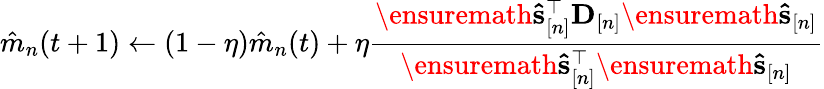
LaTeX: \hat{m}_{n}(t+1)\gets(1-\eta)\hat{m}_{n}(t)+\eta\frac{\ensuremath{\mathbf{\hat{s}}}_{[n]}^{\top}{\mathbf D}_{[n]}\ensuremath{\mathbf{\hat{s}}}_{[n]}}{\ensuremath{\mathbf{\hat{s}}}_{[n]}^{\top}\ensuremath{\mathbf{\hat{s}}}_{[n]}}